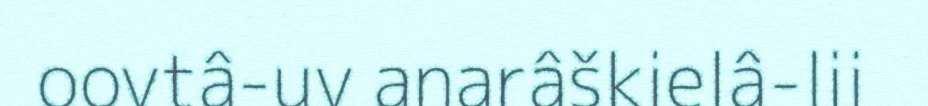
oovtâ-uv anarâškielâ-lii